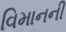
વિમાનની